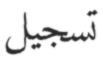
تسجیل